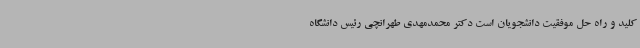
کلید و راه حل موفقیت دانشجویان است دکتر محمدمهدی طهرانچی رئیس دانشگاه